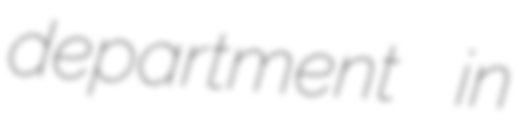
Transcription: department in